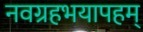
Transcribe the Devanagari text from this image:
नवग्रहभयापहम्